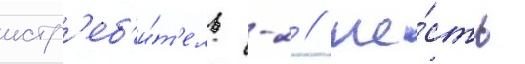
истр'еб'и́т'ель -2 // Ше́сть